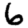
Digit: 6